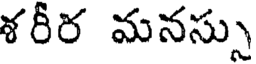
శరీర మనస్సు